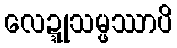
လေဍ္ဍုသမ္ဖဿာပိ